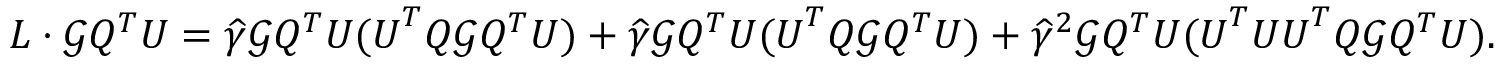
L \cdot { \mathcal G } Q ^ { T } { \boldsymbol U } = \widehat \gamma { \mathcal G } Q ^ { T } { \boldsymbol U } ( { \boldsymbol U } ^ { T } Q { \mathcal G } Q ^ { T } { \boldsymbol U } ) + \widehat \gamma { \mathcal G } Q ^ { T } { \boldsymbol U } ( { \boldsymbol U } ^ { T } Q { \mathcal G } Q ^ { T } { \boldsymbol U } ) + \widehat \gamma ^ { 2 } { \mathcal G } Q ^ { T } { \boldsymbol U } ( { \boldsymbol U } ^ { T } { \boldsymbol U } { \boldsymbol U } ^ { T } Q { \mathcal G } Q ^ { T } { \boldsymbol U } ) .